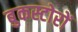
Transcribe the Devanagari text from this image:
बुकस्टोरों